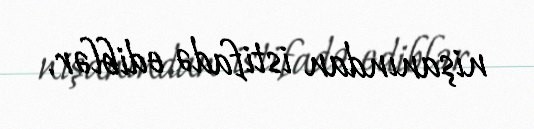
nişanından istifadə ediblər.